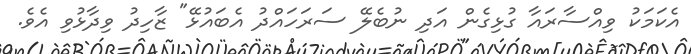
އެކަމަކު ވިއްސާރައާ ގުޅިގެން އަދި ނުބެލޭ ސަރަހައްދު އެބަައުޅޭ" ޒާހިދު ވިދާޅުވި އެވެ.